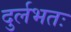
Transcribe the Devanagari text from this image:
दुर्लभतः